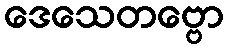
ဒေသေတဗ္ဗော